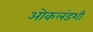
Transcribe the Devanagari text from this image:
ओकलंडशी